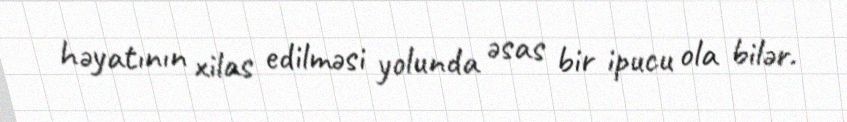
həyatının xilas edilməsi yolunda əsas bir ipucu ola bilər.